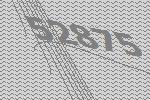
52875